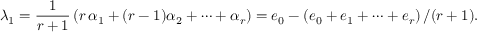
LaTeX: \lambda _ { 1 } = { \frac { 1 } { r + 1 } } \left( r \, \alpha _ { 1 } + ( r - 1 ) \alpha _ { 2 } + \cdots + \alpha _ { r } \right) = e _ { 0 } - \left( e _ { 0 } + e _ { 1 } + \cdots + e _ { r } \right) / ( r + 1 ) .